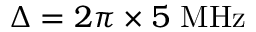
\Delta = 2 \pi \times 5 ~ \mathrm { { M H z } }